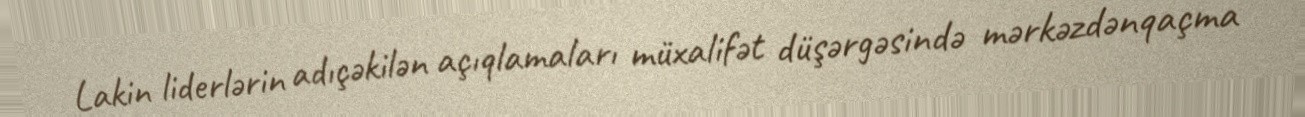
Lakin liderlərin adıçəkilən açıqlamaları müxalifət düşərgəsində mərkəzdənqaçma